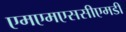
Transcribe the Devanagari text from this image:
एमएमएससीएमडी